Medical and sanitary report on the native army of Bombay for the year
Year: 1878
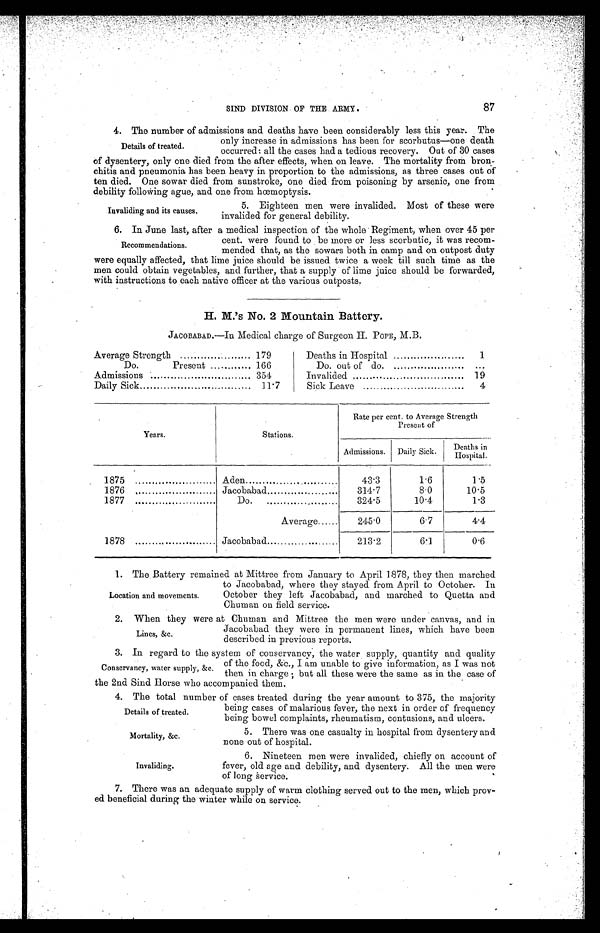
Details of treated.
Mortality, &c.
Invaliding.
87
SIND DIVISION OF' THE ARMY.
4. The number of admissions and deaths have been considerably less this year. The
only increase in admissions has been for scorbutus—one death
occurred : all the cases had a tedious recovery. Out of 30 cases
of dysentery, only one died from the after effects, when on leave. The mortality from bron-
chitis and pneumonia has been heavy in proportion to the admissions, as three cases out of
ten died. One sowar died from sunstroke, one died from poisoning by arsenic, one from
debility following ague, and one from hœmoptysis.
D e t a i l s o f t r e a t e d .
Invaliding and its causes.
5. Eighteen men were invalided. Most of these were
invalided for general debility.
6. In June last, after a medical inspection of the whole Regiment, when over 45 per
Recommendations.
cent. were found to be more or less scorbutic, it was recom-
mended that, as the sowars both in camp and on outpost duty
were equally affected, that lime juice should be issued twice a week till such time as the
men could obtain vegetables, and further, that a supply of lime juice should be forwarded,
with instructions to each native officer at the various outposts.
H. M.’s No. 2 Mountain Battery.
JACOBABAD.—In Medical charge of Surgeon H. POPE, M.B.
Average Strength
179
Do.
Present
166
Admissions
354
Daily Sick
11.7
Deaths in Hospital
1
Do. out of do.
. . .
Invalided
19
Sick Leave
4
Years.
Stations.
Rate per cent. to Average Strength
Present of
Admissions. Daily Sick.
Deaths in
Hospital.
1875
Aden
43.3
1.6
1.5
1876
Jacobabad
314.7
8.0
10.5
1877
Do.
. . . . . . . . .
324.5
10.4
1.3
Average......
245.0
6.7
4.4
1878
Jacobabad
213.2
6.1
0.6
1. The . Battery remained at Mittree from January to April 1878, they then marched
Location and movements.
to Jacobabad, where they stayed from April to October. In
October they left Jacobabad, and marched to Quetta and
Chuman on field service.
2. When they were at Chuman and Mittree the men were under canvas, and in
Lines, &c.
Jacobabad they were in permanent lines, which have been
described in previous reports.
3. In regard to the system of conservancy, the water supply, quantity and quality
of the food, &c., 1 am unable to give information, as 1 was not
then in charge ; but all these were the same as in the case of
the 2nd Sind Horse who accompanied them.
4. The total number of cases treated during the year amount to 375, the majority
Conservancy, water supply, &c.
being cases of malarious fever, the next in order of frequency
being bowel complaints, rheumatism, contusions, and ulcers.
5. There was one casualty in hospital from dysentery and
none out of hospital.
6. Nineteen men were invalided, chiefly on account of
fever, old age and debility, and dysentery. All the men were
of long śervice.
7. There was an adequate supply of warm clothing served out to the men, which prov-
ed beneficial during the winter while on service.